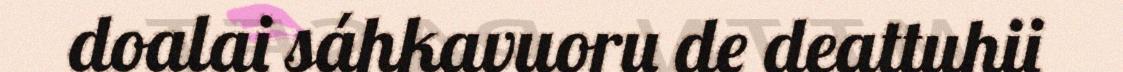
doalai sáhkavuoru de deattuhii